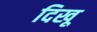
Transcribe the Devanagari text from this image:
दिखू